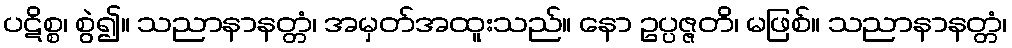
ပဋိစ္စ၊ စွဲ၍။ သညာနာနတ္တံ၊ အမှတ်အထူးသည်။ နော ဥပ္ပဇ္ဇတိ၊ မဖြစ်။ သညာနာနတ္တံ၊